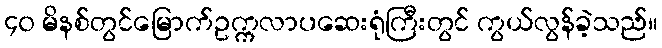
၄၀ မိနစ်တွင်မြောက်ဥက္ကလာပဆေးရုံကြီးတွင် ကွယ်လွန်ခဲ့သည်။